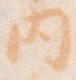
内